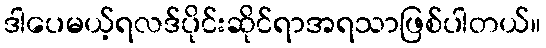
ဒါပေမယ့်ရလဒ်ပိုင်းဆိုင်ရာအရသာဖြစ်ပါတယ်။